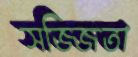
সজ্জিতা